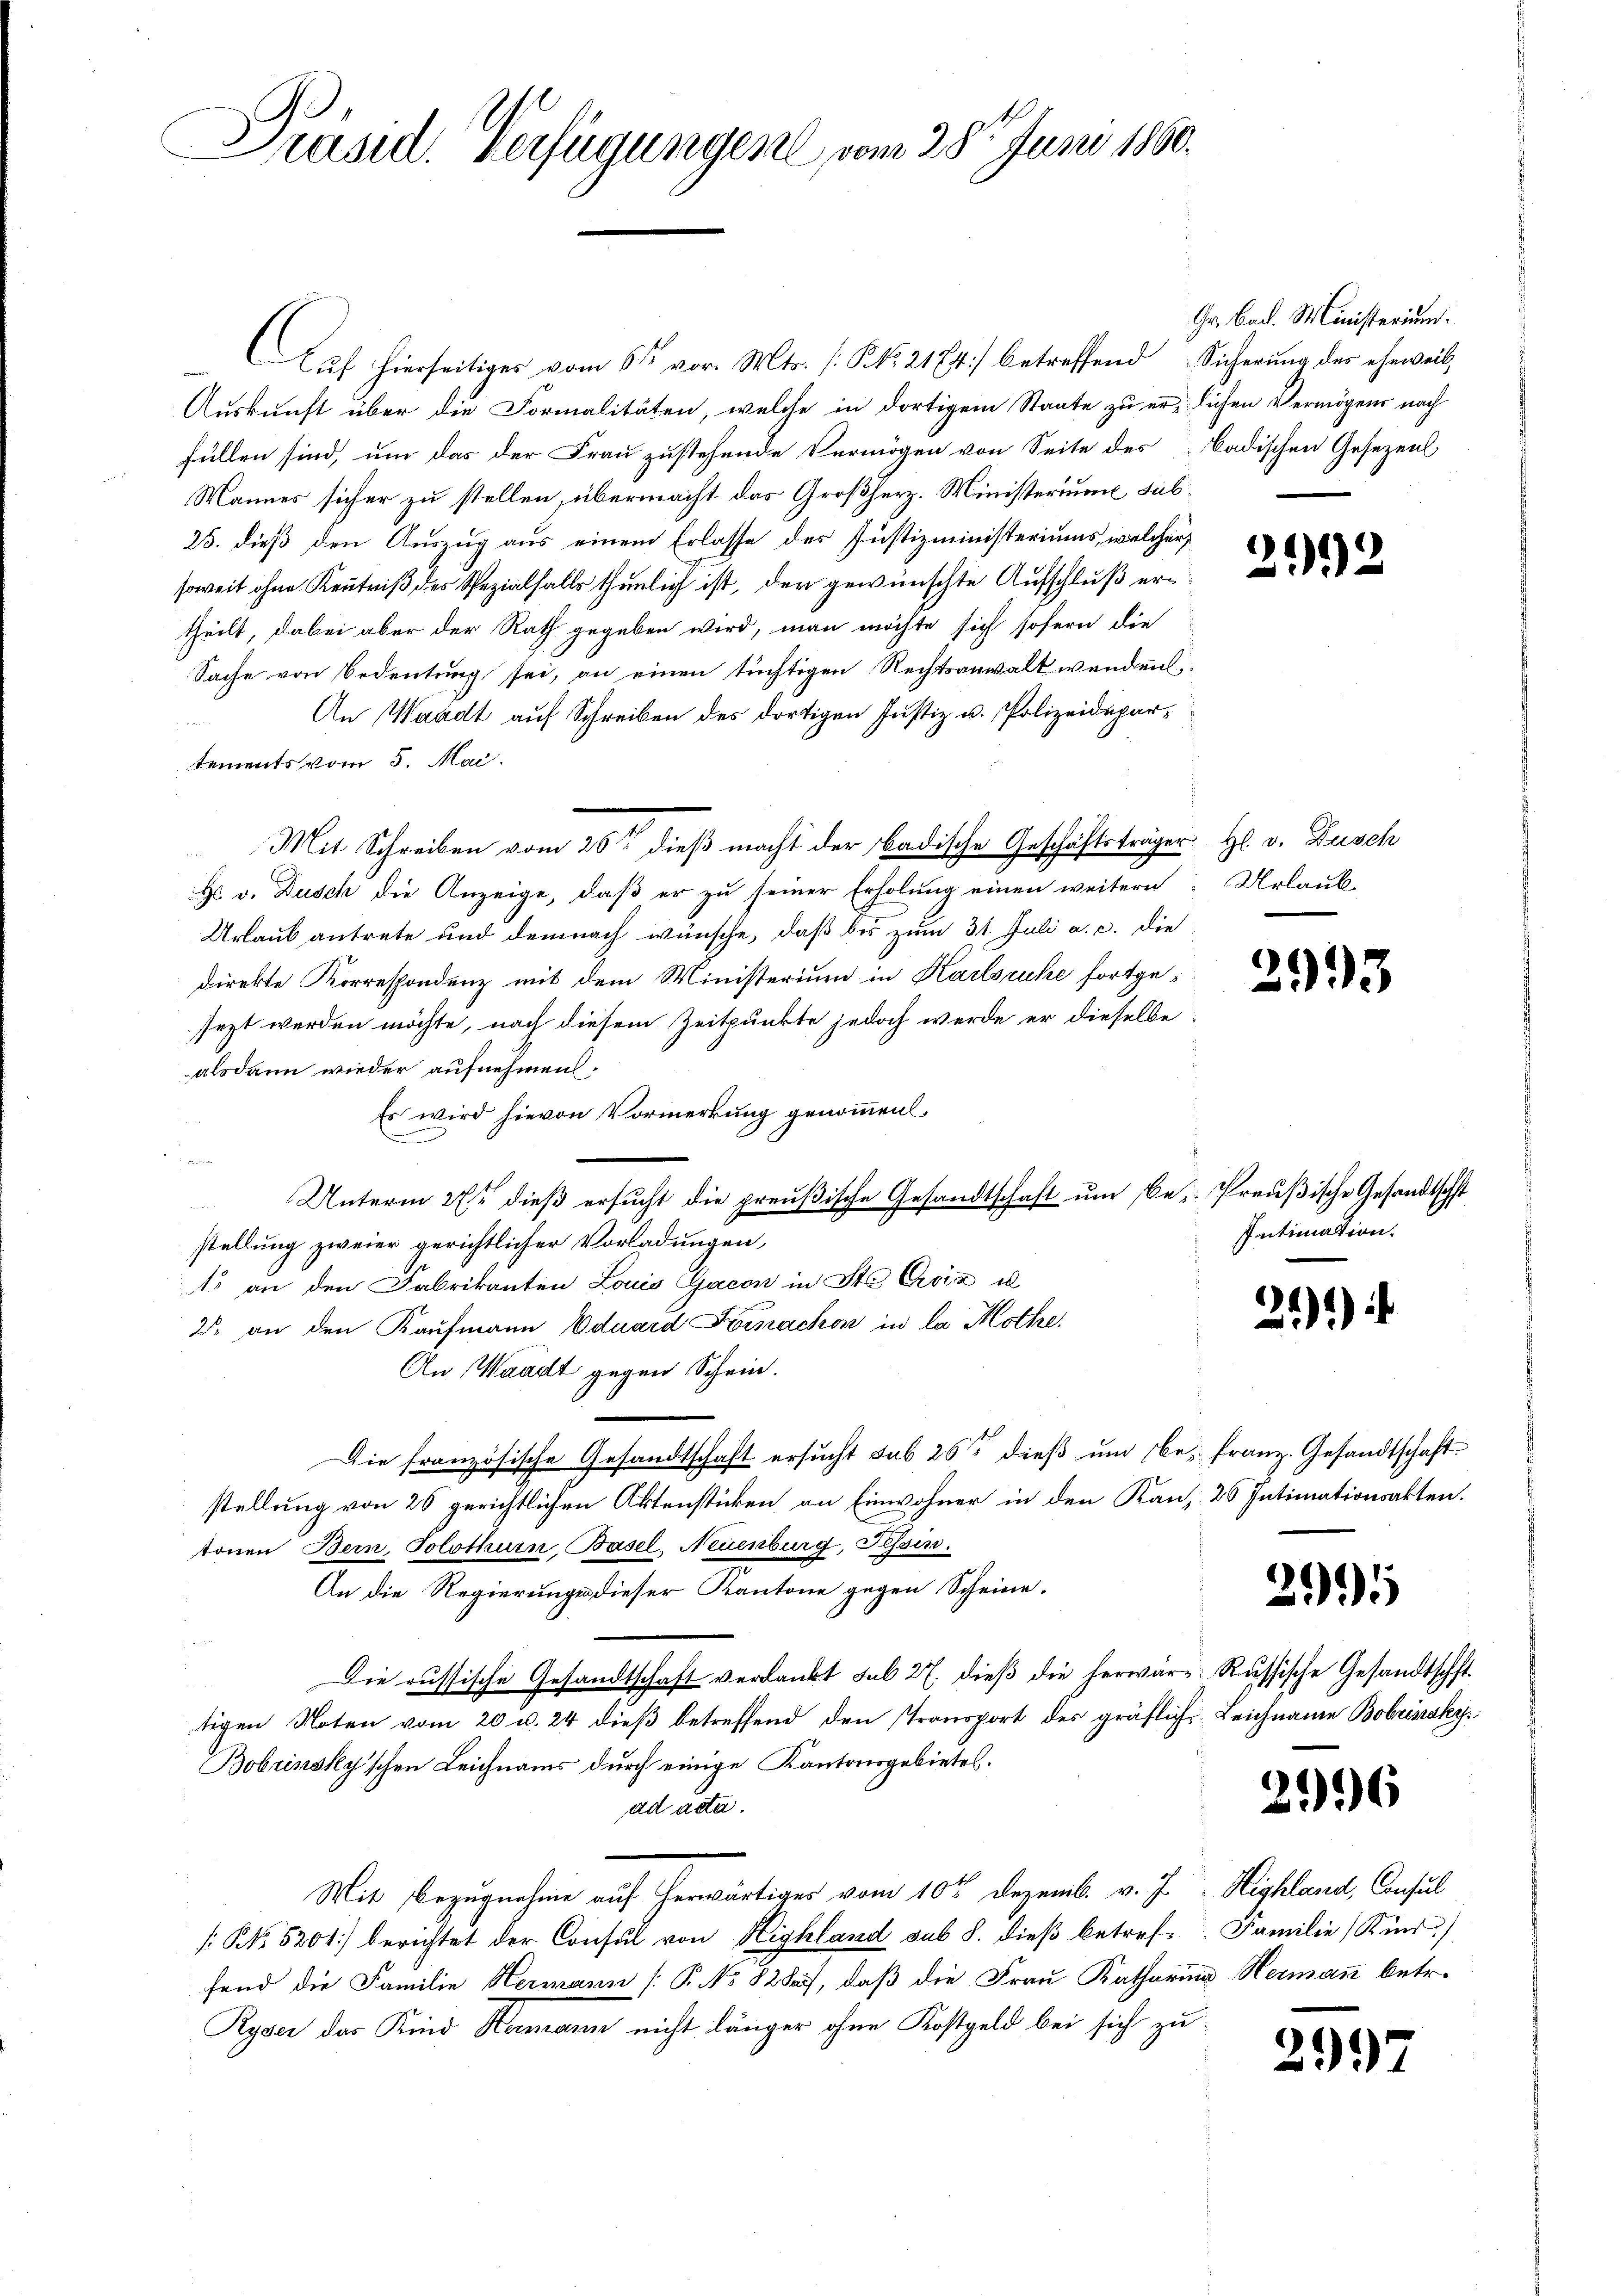
Präsid. Verfügungen vom 28ten Juni 1860.

Auf hierseitiges vom 6ten vor. Mts. [Kk. 2174) betreffend Sicherung der eheweil,
Auskunft über die Formalitäten, welche in dortigem Staate zu erlichen Vermögens nach
füllen sind, um das der Frau zustehende Vermögen von Seite des Badischen Gesezenl
Mannes sich er zu stellen, übermacht das Großherz. Ministerium sub¬
25. dieß den Auszug aus einem Erlasse des Justizministeriums, welcher
soweit ohne Kenntniß des Spezialfalls thunlich ist, der gewünschte Aufschluß ertheilt, dabei aber der Rath gegeben wird, man möchte sich sofern die
Sache von Bedeutung sei, an einen tüchtigen Rechtsanwalt wenden,
An Waadt auf Schreiben des dortigen Justiz u. Polizeidepare
tements vom 5. Mai.
Mit Schreiben vom 26t dieß macht der badische Geschäftsträger H. v. Dusch
Hr. v. Dusch die Anzeige, daß er zu seiner Erholung einen weitern
Urlaub antrete und demnach wünsche, daß bis zum 31. Juli a. c. die
direkte Korrespondenz mit dem Ministerium in Karlsruhe fortgesezt werden möchte, nach diesem Zeitpunkte jedoch werde er dieselbe
alsdann wieder aufnehmen.
Es wird hievon Vormerkung genommen
g
Unterm 27ten dieß ersucht die preußische Gesandtschaft um Be- Preußische Gesandtschst
u
stellung zweier gerichtlicher Vorladungen,
1 an den Fabrikanten Louis Gacon in Ste Evia il
2 an den Kaufmann Eduard Fornachon in la Köthe,
An Waadt gegen Schein.
Die französische Gesandtschaft ersucht sub 26t dieß um be- franz. Gesandtschaft
stellung von 20 gerichtlichen Aktenstücken an Einwohner in den Kanz. 26 Intimationsakten.
tonen Bern, Solothurn, Basel, Neuenburg, Tessin.
An die Regierunge dieser Kantone gegen Scheine.
Die russische Gesandtschaft verdankt sub 27. dieß die herwär-Russische Gesandtschft
tigen Noten vom 20 u. 24 dieβ betreffend den stransport des gräflich Leichname Bobrinsky
Bobrinsky'schen Leichnams durch einige Kantonsgebietes.
ad acta.
Mit Bezugnahme auf herwärtiges vom 10ten Dezemb. v. J. Highland, Consul
 Kt. 5201) berichtet der Consul von Highland sub S. dieß betref- Familie (Kind)
fend die Familie Hermann P. No 828), daß die Frau Katharina Hermann betr.
Ryser das Kind Hermann nicht länger ohne Kostgeld bei sich zu

Gr. Bad. Ministerium.

22

Urlaub

2993

Intimation.

494
22

2

206

29)